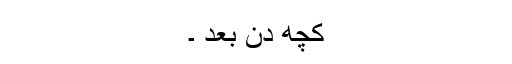
کچھ دن بعد ۔